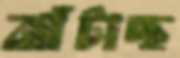
ঝাঁটাচ্ছ